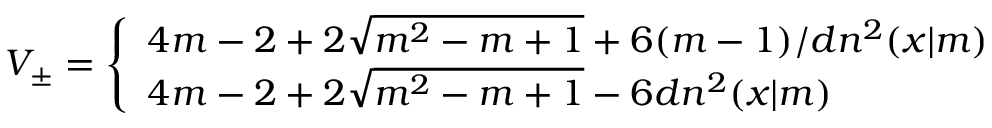
V _ { \pm } = \left\{ \begin{array} { l } { { 4 m - 2 + 2 \sqrt { m ^ { 2 } - m + 1 } + 6 ( m - 1 ) / d n ^ { 2 } ( x | m ) } } \\ { { 4 m - 2 + 2 \sqrt { m ^ { 2 } - m + 1 } - 6 d n ^ { 2 } ( x | m ) } } \end{array} \right.